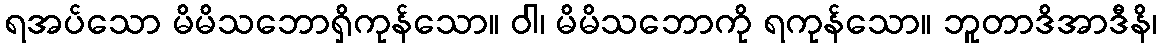
ရအပ်သော မိမိသဘောရှိကုန်သော။ ဝါ၊ မိမိသဘောကို ရကုန်သော။ ဘူတာဒိအာဒီနိ၊